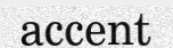
accent